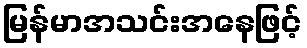
မြန်မာအသင်းအနေဖြင့်